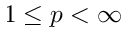
1 \leq p < \infty